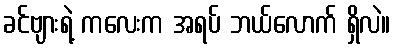
ခင်ဗျားရဲ့ ကလေးက အရပ် ဘယ်လောက် ရှိလဲ။